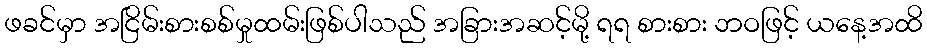
ဖခင်မှာ အငြိမ်းစားစစ်မှုထမ်းဖြစ်ပါသည် အခြားအဆင့်မို့ ရရ စားစား ဘဝဖြင့် ယနေ့အထိ